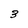
Character: 3